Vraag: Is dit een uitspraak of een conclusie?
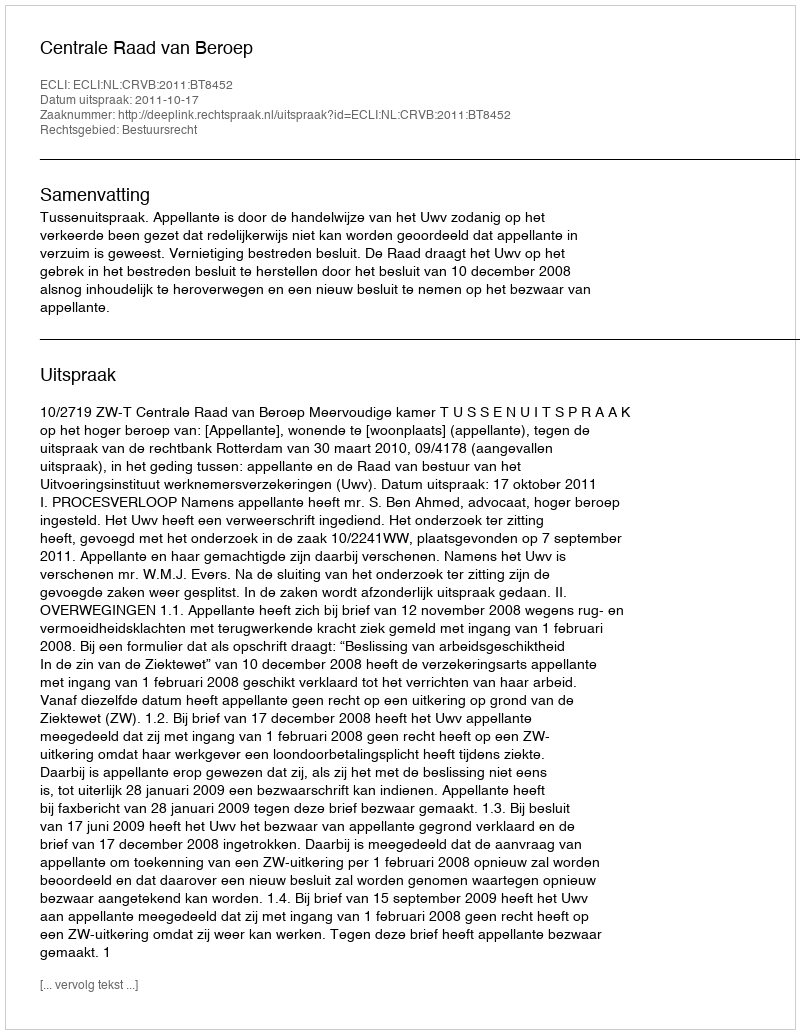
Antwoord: Uitspraak